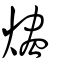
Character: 燼